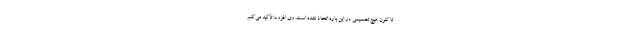
تا کنون هیچ تصمیمی در این باره اتخاذ نشده است. وی افزود: تأکید می‌کنم